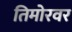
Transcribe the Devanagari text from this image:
तिमोरवर